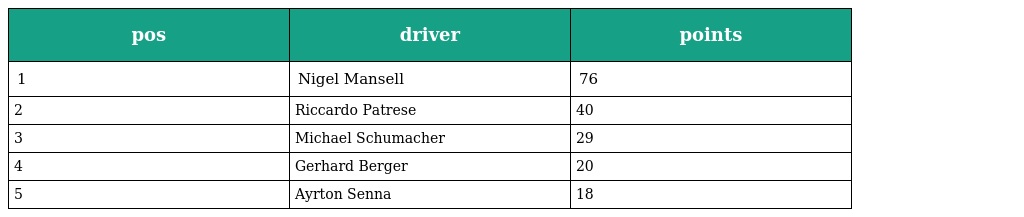
| pos | driver | points |
 | --- | --- | --- |
 | 1 | Nigel Mansell | 76 |
 | 2 | Riccardo Patrese | 40 |
 | 3 | Michael Schumacher | 29 |
 | 4 | Gerhard Berger | 20 |
 | 5 | Ayrton Senna | 18 |